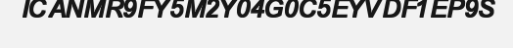
ICANMR9FY5M2Y04G0C5EYVDF1EP9S